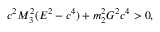
c ^ { 2 } M _ { 3 } ^ { 2 } ( E ^ { 2 } - c ^ { 4 } ) + m _ { 2 } ^ { 2 } G ^ { 2 } c ^ { 4 } > 0 ,